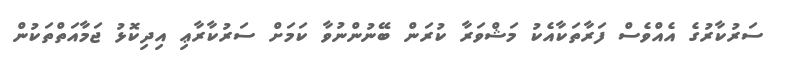
ސަރުކާރުގެ އެއްވެސް ފަރާތަކާއެކު މަޝްވަރާ ކުރަން ބޭނުންނުވާ ކަމަށް ސަރުކާރާޢި އިދިކޮޅު ޖަމާއަތްތަކުން